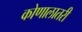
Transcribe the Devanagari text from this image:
कोणालातरी